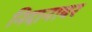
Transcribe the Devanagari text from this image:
निदानावर